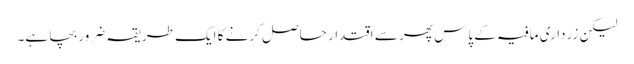
لیکن زرداری مافیہ کے پاس پھر سے اقتدار حاصل کرنے کا ایک طریقہ ضرور بچا ہے۔